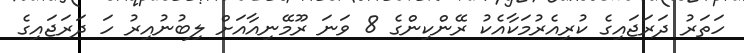
ހަތަރު ދަރަޖައިގެ ކުރިއެރުމަކާއެކު ރޭންކިންގެ 8 ވަނަ ރޫމޭނިއާއަށް ލިބުނުއިރު ހަ ދަރަޖައިގެ